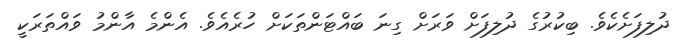
ދުލިފަށެކެވެ. ބިކުރުގެ ދުލިފަށް ވަރަށް ގިނަ ބައްޓަންތަކަށް ހުރެއެވެ. އެންމެ އާންމު ވައްތަރަކީ